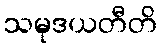
သမုဒယတီတိ